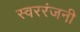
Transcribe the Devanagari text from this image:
स्वररंजनी